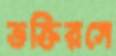
ভক্তিরসে